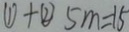
\textcircled { 1 } + \textcircled { 2 } 5 m = 1 5